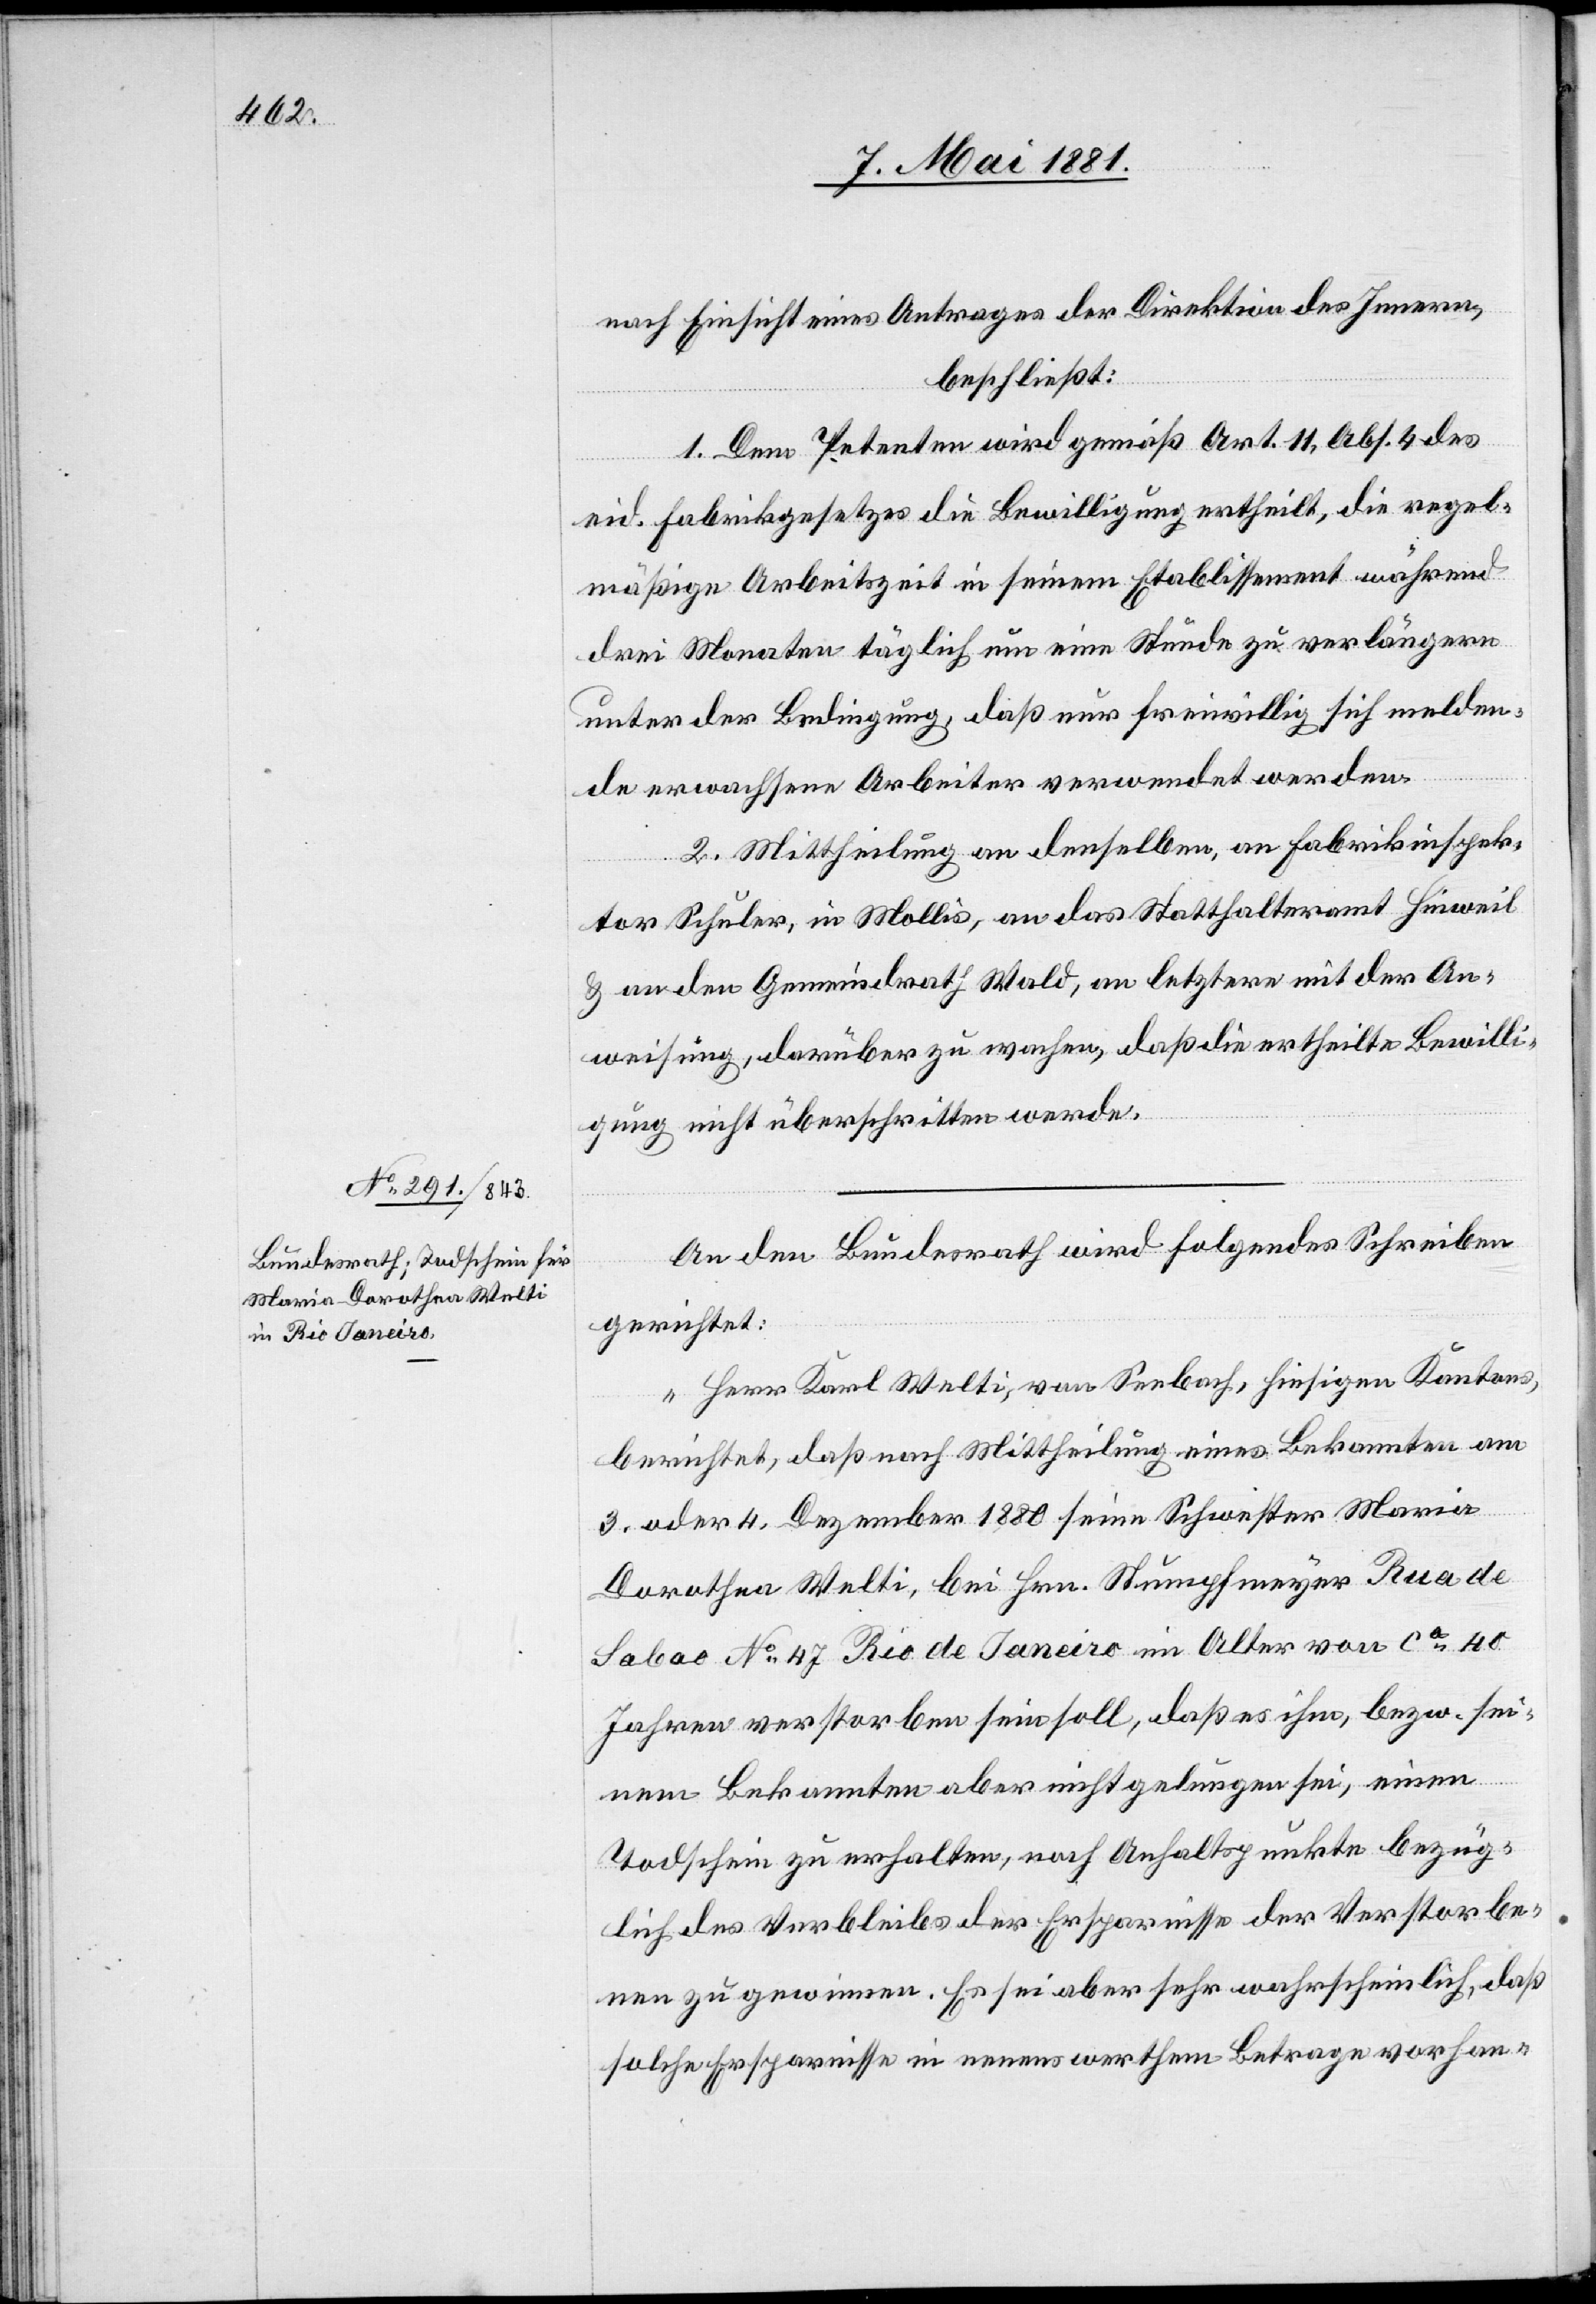
11. Mai 1881.]
nach Einsicht eines Antrages der Direktion des Innern,
beschließt:
1. Dem Petenten wird gemäß Art. 11, Abs. 4 des
eid. Fabrikgesetzes die Bewilligung ertheilt, die regel¬
mäßige Arbeitszeit in seinem Etablissement während
drei Monaten täglich um eine Stunde zu verlängern
unter der Bedingung, daß nur freiwillig sich melden¬
de erwachsene Arbeiter verwendet werden.
2. Mittheilung an denselben, an Fabrikinspek¬
tor Schuler, in Mollis, an das Statthalteramt Hinweil
& an den Gemeindrath Wald, an letztern mit der An¬
weisung, darüber zu wachen, daß die ertheilte Bewilli¬
gung nicht überschritten werde.
An den Bundesrath wird folgendes Schreiben
gerichtet:
„Herr Karl Welti, von Seebach, hiesigen Kantons,
berichtet, daß nach Mittheilung eines Bekannten am
3. oder 4. Dezember 1880 seine Schwester Maria
Dorothea Welti, bei Hrn. Stumpfmeyer Rua de
Sabao No 47 Rio de Janeiro im Alter von ca 40
Jahren verstorben sein soll, daß es ihm, bezw. sei¬
nem Bekannten aber nicht gelungen sei, einen
Todschein zu erhalten, nach Anhaltspunkte bezüg¬
lich des Verbleibes der Ersparnisse der Verstorbe¬
nen zu gewinnen. Es sei aber sehr wahrscheinlich, daß
solche Ersparnisse in nenenswerthem [sic!] Betrage vorhan-